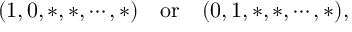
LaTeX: ( 1 , 0 , * , * , \cdots , * ) \quad \mathrm { o r } \quad ( 0 , 1 , * , * , \cdots , * ) ,